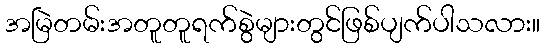
အမြဲတမ်းအတူတူရက်စွဲများတွင်ဖြစ်ပျက်ပါသလား။